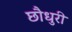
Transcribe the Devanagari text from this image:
छौधुरी